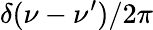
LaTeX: \delta(\nu-\nu^{\prime})/2\pi